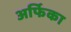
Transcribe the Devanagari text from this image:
अर्फिका